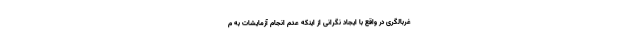
غربالگری در واقع با ایجاد نگرانی از اینکه عدم انجام آزمایشات به م